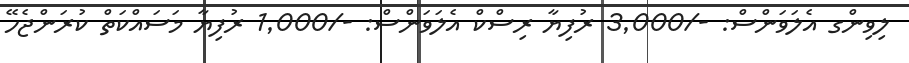
ލިވިންގ އެލަވަންސް: -/3